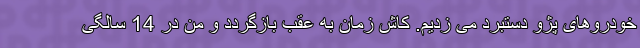
خودروهای پژو دستبرد می زدیم. کاش زمان به عقب بازگردد و من در 14 سالگی